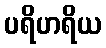
ပရိဟရိယ